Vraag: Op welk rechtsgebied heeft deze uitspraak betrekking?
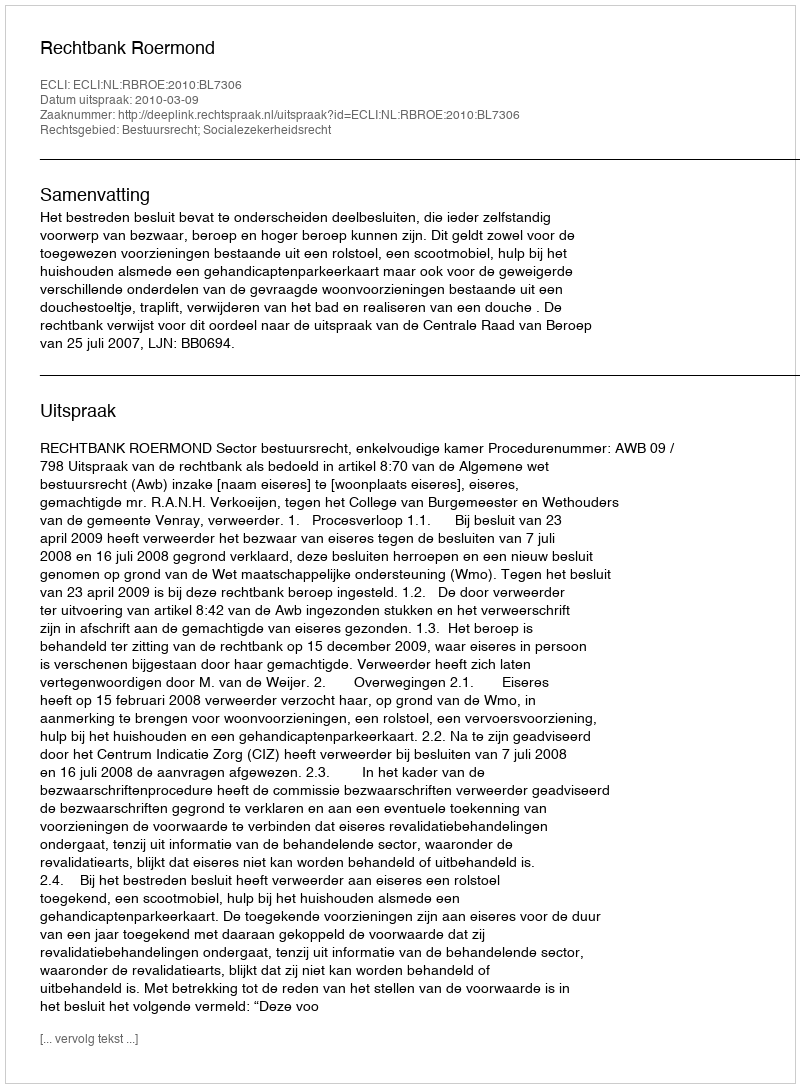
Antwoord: Bestuursrecht; Socialezekerheidsrecht